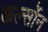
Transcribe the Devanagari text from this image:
कर्ल्सोन